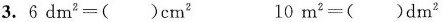
3.6 dm ^{2} =( )cm ^{2} 10 m^{2} =( )dm ^{2}